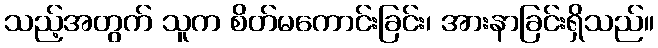
သည့်အတွက် သူက စိတ်မကောင်းခြင်း၊ အားနာခြင်းရှိသည်။